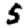
Digit: 5